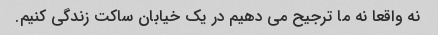
نه واقعا نه ما ترجیح می دهیم در یک خیابان ساکت زندگی کنیم.